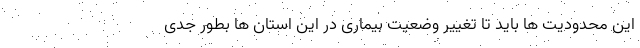
این محدودیت ها باید تا تغییر وضعیت بیماری در این استان ها بطور جدی